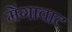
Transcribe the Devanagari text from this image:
मेंगावाट